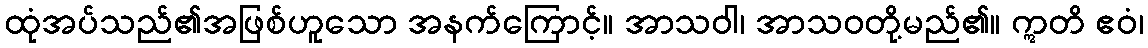
ထုံအပ်သည်၏အဖြစ်ဟူသော အနက်ကြောင့်။ အာသဝါ၊ အာသဝတို့မည်၏။ ဣတိ ဧဝံ၊